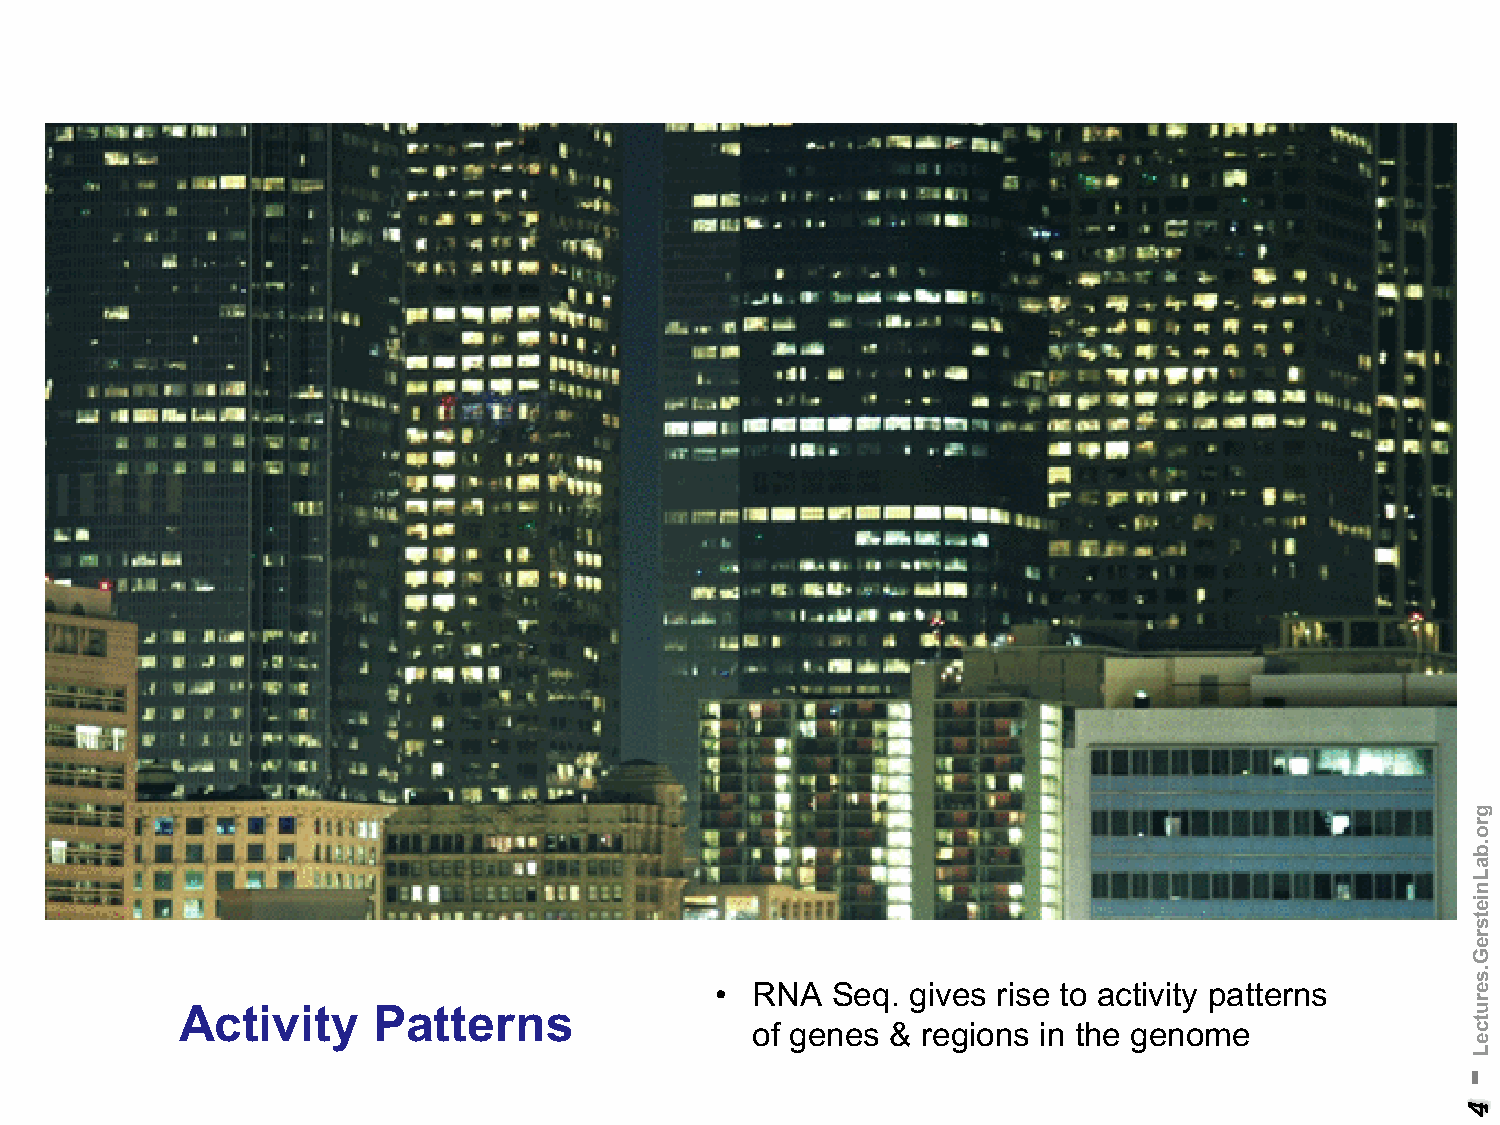
•  RNA  Seq. gives rise to activity patterns
 Activity     Patterns
 of genes & regions in the genome
 -
 4
 gro.baLnietsreG.serutceL